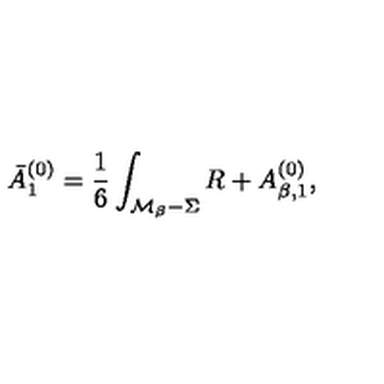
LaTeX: \bar { A } _ { 1 } ^ { ( 0 ) } = \frac 1 6 \int _ { { \cal M } _ { \beta } - \Sigma } R + A _ { \beta , 1 } ^ { ( 0 ) } ,